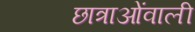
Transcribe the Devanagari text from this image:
छात्राओंवाली